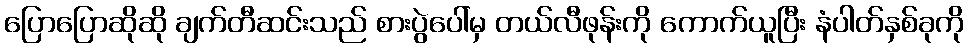
ပြောပြောဆိုဆို ချက်တီဆင်းသည် စားပွဲပေါ်မှ တယ်လီဖုန်းကို ကောက်ယူပြီး နံပါတ်နှစ်ခုကို